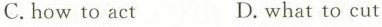
C.how to act D.What to cut